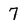
Character: 7